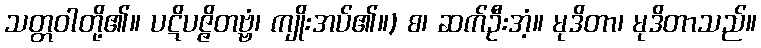
သတ္တဝါတို့၏။ ပဋိပဇ္ဇိတဗ္ဗံ၊ ကျိုးအပ်၏။) စ၊ ဆက်ဦးအံ့။ မုဒိတာ၊ မုဒိတာသည်။